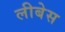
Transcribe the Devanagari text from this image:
लीबेस